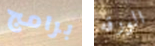
برامج الورقه